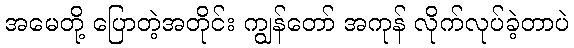
အမေတို့ ပြောတဲ့အတိုင်း ကျွန်တော် အကုန် လိုက်လုပ်ခဲ့တာပဲ